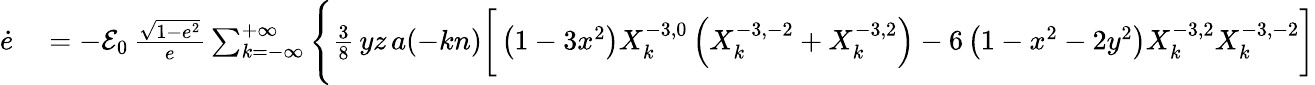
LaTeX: \begin{array}{rl}{\dot{e}}&{{}=-{\cal E}_{0}\, \frac{\sqrt{1-e^{2}}}{e}\sum_{k=-\infty}^{+\infty}\Bigg\{ \frac 38\, yz\, a(-kn)\bigg[\left(1-3x^{2}\right)X_{k}^{-3,0}\left(X_{k}^{-3,-2}+X_{k}^{-3,2}\right)-6\left(1-x^{2}-2y^{2}\right)X_{k}^{-3,2}X_{k}^{-3,-2}\bigg]}\end{array}